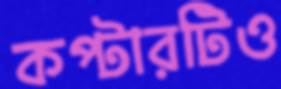
কপ্টারটিও